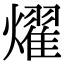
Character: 燿